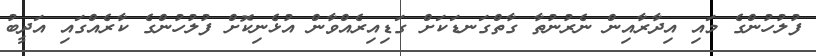
ފުލުހުންގެ މައި އިދާރާއިން ނެރުނުތާ ގާތްގަނޑަކަށް ގަޑިއިރެއްވާން އުޅެނިކޮށް ފުލުހުންގެ ކާރެއްގައި އަދީބު